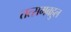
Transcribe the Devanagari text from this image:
तत्समबहुल